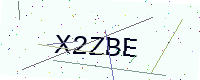
Text: X2ZBE